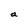
Character: a